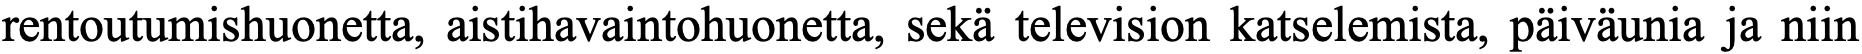
rentoutumishuonetta, aistihavaintohuonetta, sekä television katselemista, päiväunia ja niin